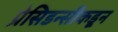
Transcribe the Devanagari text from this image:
प्रेसिडन्सीकडून